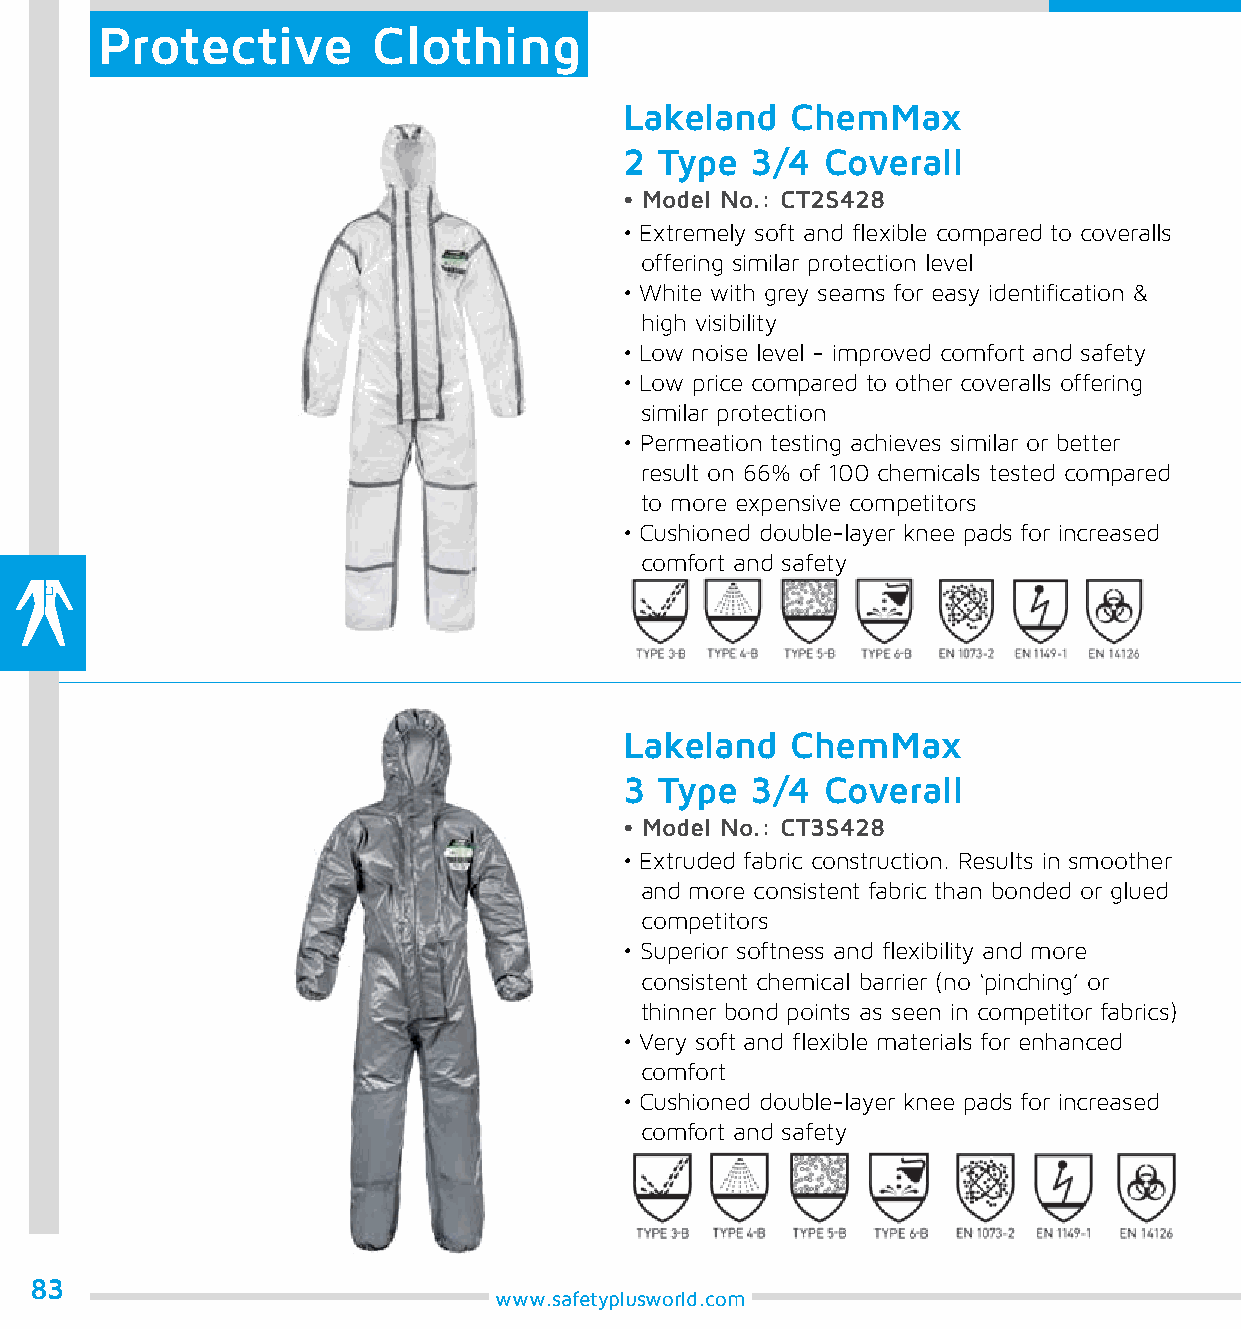
Protective         Clothing
 Lakeland   ChemMax
 2  Type  3/4  Coverall
 • Model No.: CT2S428
 • Extremely soft and flexible compared to coveralls
 offering similar protection level
 • White with grey seams for easy identification &
 high visibility
 • Low noise level - improved comfort and safety
 • Low price compared to other coveralls offering
 similar protection
 • Permeation testing achieves similar or better
 result on 66% of 100 chemicals tested compared
 to more expensive competitors
 • Cushioned double-layer knee pads for increased
 comfort and safety
 Lakeland   ChemMax
 3  Type  3/4  Coverall
 • Model No.: CT3S428
 • Extruded fabric construction. Results in smoother
 and more consistent fabric than bonded or glued
 competitors
 • Superior softness and flexibility and more
 consistent chemical barrier (no ‘pinching’ or
 thinner bond points as seen in competitor fabrics)
 • Very soft and flexible materials for enhanced
 comfort
 • Cushioned double-layer knee pads for increased
 comfort and safety
 83
 www.safetyplusworld.com